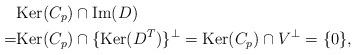
LaTeX: \begin{align*}&\hbox{Ker} (C_p)\cap\hbox{Im} (D) \\=&\hbox{Ker} (C_p)\cap\{\hbox{Ker} (D^T)\}^\perp = \hbox{Ker}(C_p)\cap V^\perp = \{0\},\end{align*}